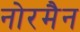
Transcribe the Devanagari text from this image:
नोरमैन